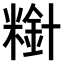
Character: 𫃋